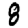
Digit: 8